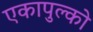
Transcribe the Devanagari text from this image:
एकापुल्को